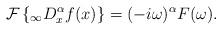
LaTeX: \begin{align*}\mathcal{F}\left\{ _{\infty}D_{x}^{\alpha}f(x)\right\} =(-i\omega)^{\alpha}F(\omega).\end{align*}